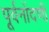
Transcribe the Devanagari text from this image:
पूर्वनोंदणी